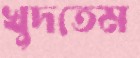
খুদতেম